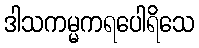
ဒါသကမ္မကရပေါရိသေ